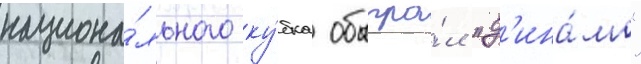
национа́льного ку́бка обыгра́л "д'ина́мо"